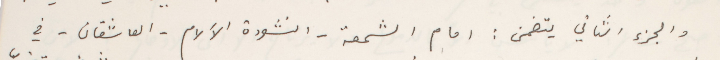
والجزء الثاني يتضمن : امام الشمعة - انشودة الآلام - العاشقان - في